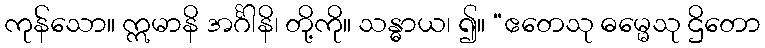
ကုန်သော။ ဣမာနိ အင်္ဂါနိ၊ တို့ကို။ သန္ဓာယ၊ ၍။ “ဧတေသု ဓမ္မေသု ဌိတော